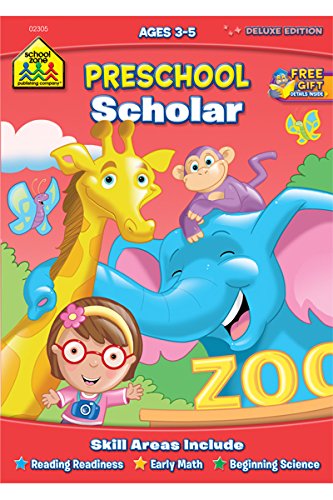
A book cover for Preschool Scholar: Ages 3-5; Joan Hoffman; Children's Books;